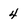
Character: 4